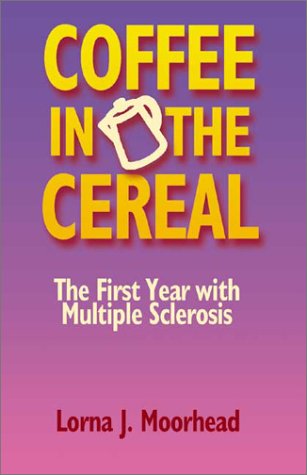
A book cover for Coffee in the Cereal: The First Year with Multiple Sclerosis; Lorna J. Moorhead; Health, Fitness & Dieting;